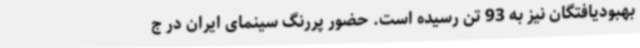
بهبودیافتگان نیز به 93 تن رسیده است. حضور پررنگ سینمای ایران در ج